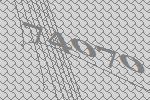
74070